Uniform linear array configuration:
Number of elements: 64
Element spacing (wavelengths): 0.75
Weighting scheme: blackman
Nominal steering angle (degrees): -30
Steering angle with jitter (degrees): -31.217
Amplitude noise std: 0.05
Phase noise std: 0.05

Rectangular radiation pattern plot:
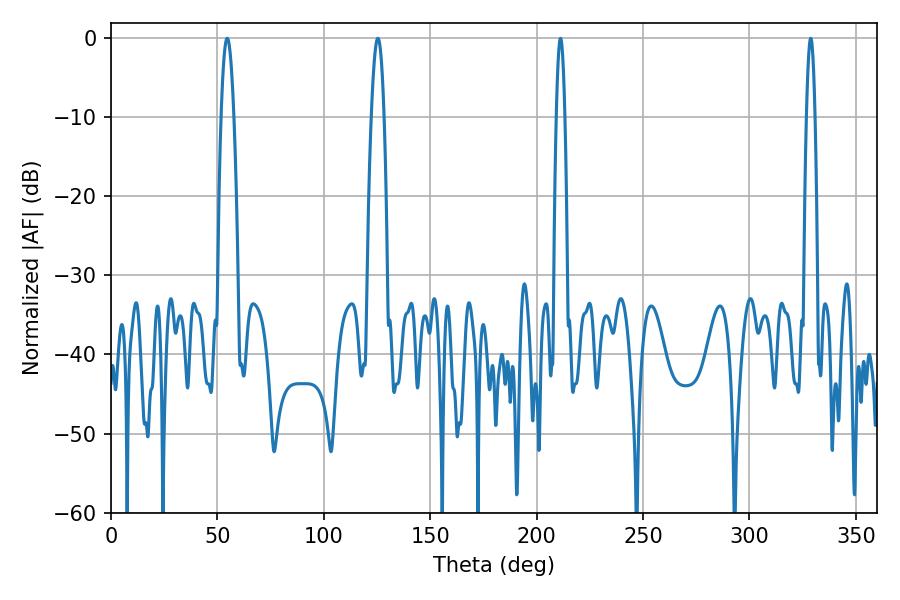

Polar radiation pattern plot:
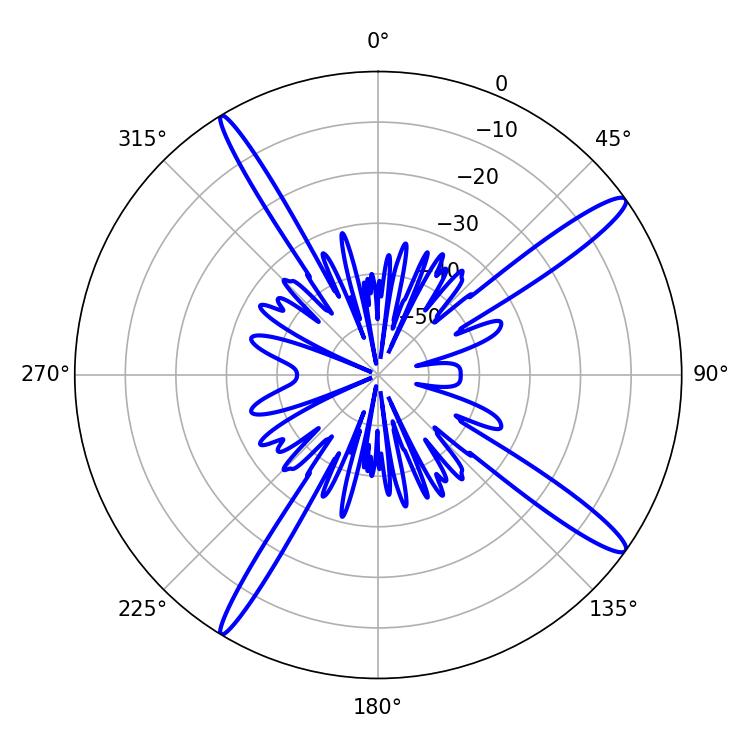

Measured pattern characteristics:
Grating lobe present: TRUE
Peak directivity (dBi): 15.36
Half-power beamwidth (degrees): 3.24
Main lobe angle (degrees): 54.54